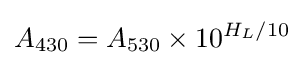
A_{430}=A_{530}\times 10^{H_{L}/10}